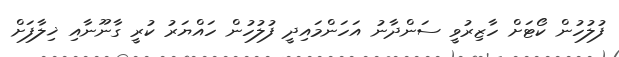
ފުލުހުން ކޯޓަށް ހާޒިރުވީ ސަންދާނު އަހަންމައިދީ ފުލުހުން ހައްޔަރު ކުރީ ގާނޫނާއި ޚިލާފަށް